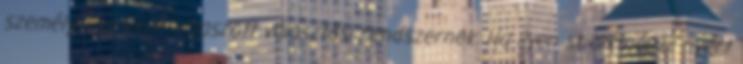
személyreszabott elbaszott választási rendszernek. Ha ilyen stiklik nélkül nyert